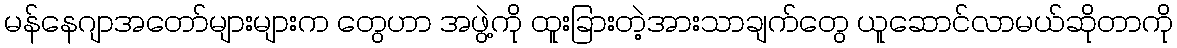
မန်နေဂျာအတော်များများက တွေဟာ အဖွဲ့ကို ထူးခြားတဲ့အားသာချက်တွေ ယူဆောင်လာမယ်ဆိုတာကို